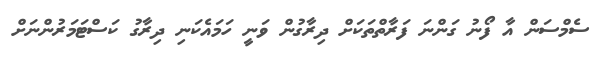
ސެމްސަން އާ ފޯނު ގަންނަ ފަރާތްތަކަށް ދިރާގުން ވަނީ ހަމައެކަނި ދިރާގު ކަސްޓަމަރުންނަށް